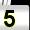
Digit: 5